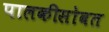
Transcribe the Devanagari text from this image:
पालकीसोबत